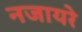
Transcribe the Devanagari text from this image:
नजायरे